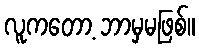
လူကတော့ ဘာမှမဖြစ်။